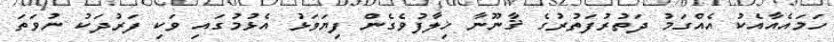
ހަމައެއާއެކު އެއްގަމު ދަތުރުފަތުރުގެ ޤާނޫނާ ޚިލާފުވެގެން ފިޔަވަޅު އެޅުމުގައި ވަކި ފަރުދަކު ނުވަތަ